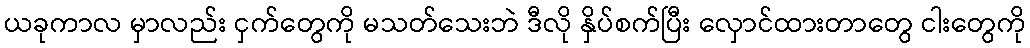
ယခုကာလ မှာလည်း ငှက်တွေကို မသတ်သေးဘဲ ဒီလို နှိပ်စက်ပြီး လှောင်ထားတာတွေ ငါးတွေကို